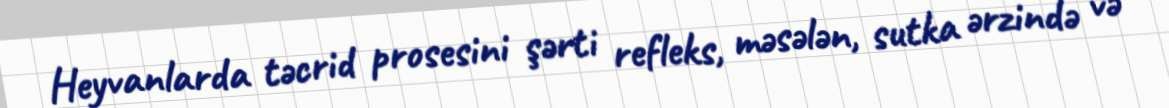
Heyvanlarda təcrid prosesini şərti refleks, məsələn, sutka ərzində və